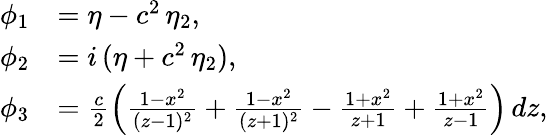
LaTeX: \begin{array}{rl}{\phi_{1}}&{=\eta-c^{2}\, \eta_{2},}\\ {\phi_{2}}&{=i\, (\eta+c^{2}\, \eta_{2}),}\\ {\phi_{3}}&{=\frac{c}{2}\left(\frac{1-x^{2}}{(z-1)^{2}}+\frac{1-x^{2}}{(z+1)^{2}}-\frac{1+x^{2}}{z+1}+\frac{1+x^{2}}{z-1}\right)\, dz,}\end{array}